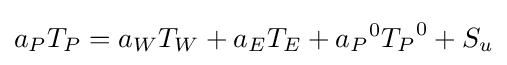
a_{P}T_{P}=a_{W}T_{W}+a_{E}T_{E}+{a_{P}}^{0}{T_{P}}^{0}+S_{u}